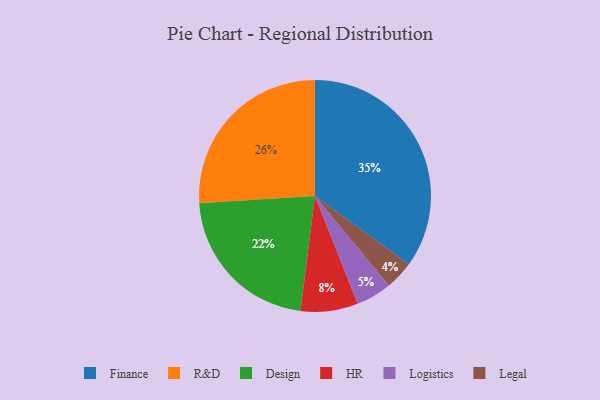
{"axis": {"x": "Category", "y": "Percentage"}, "legend": ["Design", "Finance", "HR", "Legal", "Logistics", "R&D"], "data": [{"x": "Finance", "y": 35, "type": "Finance"}, {"x": "Legal", "y": 4, "type": "Legal"}, {"x": "HR", "y": 8, "type": "HR"}, {"x": "Logistics", "y": 5, "type": "Logistics"}, {"x": "R&D", "y": 26, "type": "R&D"}, {"x": "Design", "y": 22, "type": "Design"}]}